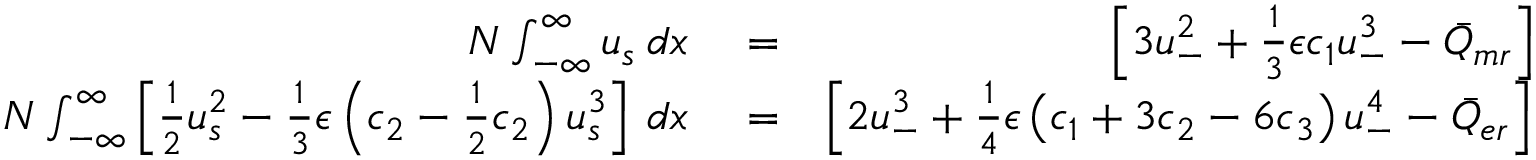
\begin{array} { r l r } { N \int _ { - \infty } ^ { \infty } u _ { s } \: d x } & { { } = } & { \left[ 3 u _ { - } ^ { 2 } + \frac { 1 } { 3 } \epsilon c _ { 1 } u _ { - } ^ { 3 } - \bar { Q } _ { m r } \right] t , } \\ { N \int _ { - \infty } ^ { \infty } \left[ \frac { 1 } { 2 } u _ { s } ^ { 2 } - \frac { 1 } { 3 } \epsilon \left( c _ { 2 } - \frac { 1 } { 2 } c _ { 2 } \right) u _ { s } ^ { 3 } \right] \: d x } & { { } = } & { \left[ 2 u _ { - } ^ { 3 } + \frac { 1 } { 4 } \epsilon \left( c _ { 1 } + 3 c _ { 2 } - 6 c _ { 3 } \right) u _ { - } ^ { 4 } - \bar { Q } _ { e r } \right] t . } \end{array}